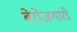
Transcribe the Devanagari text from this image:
बेरोज़गारों